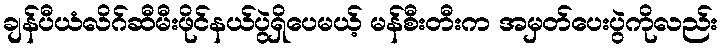
ချန်ပီယံလိဂ်ဆီမီးဖိုင်နယ်ပွဲရှိပေမယ့် မန်စီးတီးက အမှတ်ပေးပွဲကိုလည်း